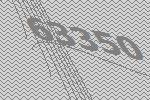
63350